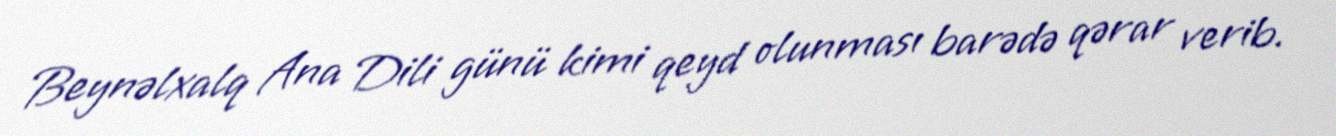
Beynəlxalq Ana Dili günü kimi qeyd olunması barədə qərar verib.